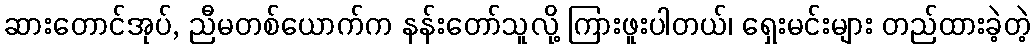
ဆားတောင်အုပ်, ညီမတစ်ယောက်က နန်းတော်သူလို့ ကြားဖူးပါတယ်၊ ရှေးမင်းများ တည်ထားခဲ့တဲ့